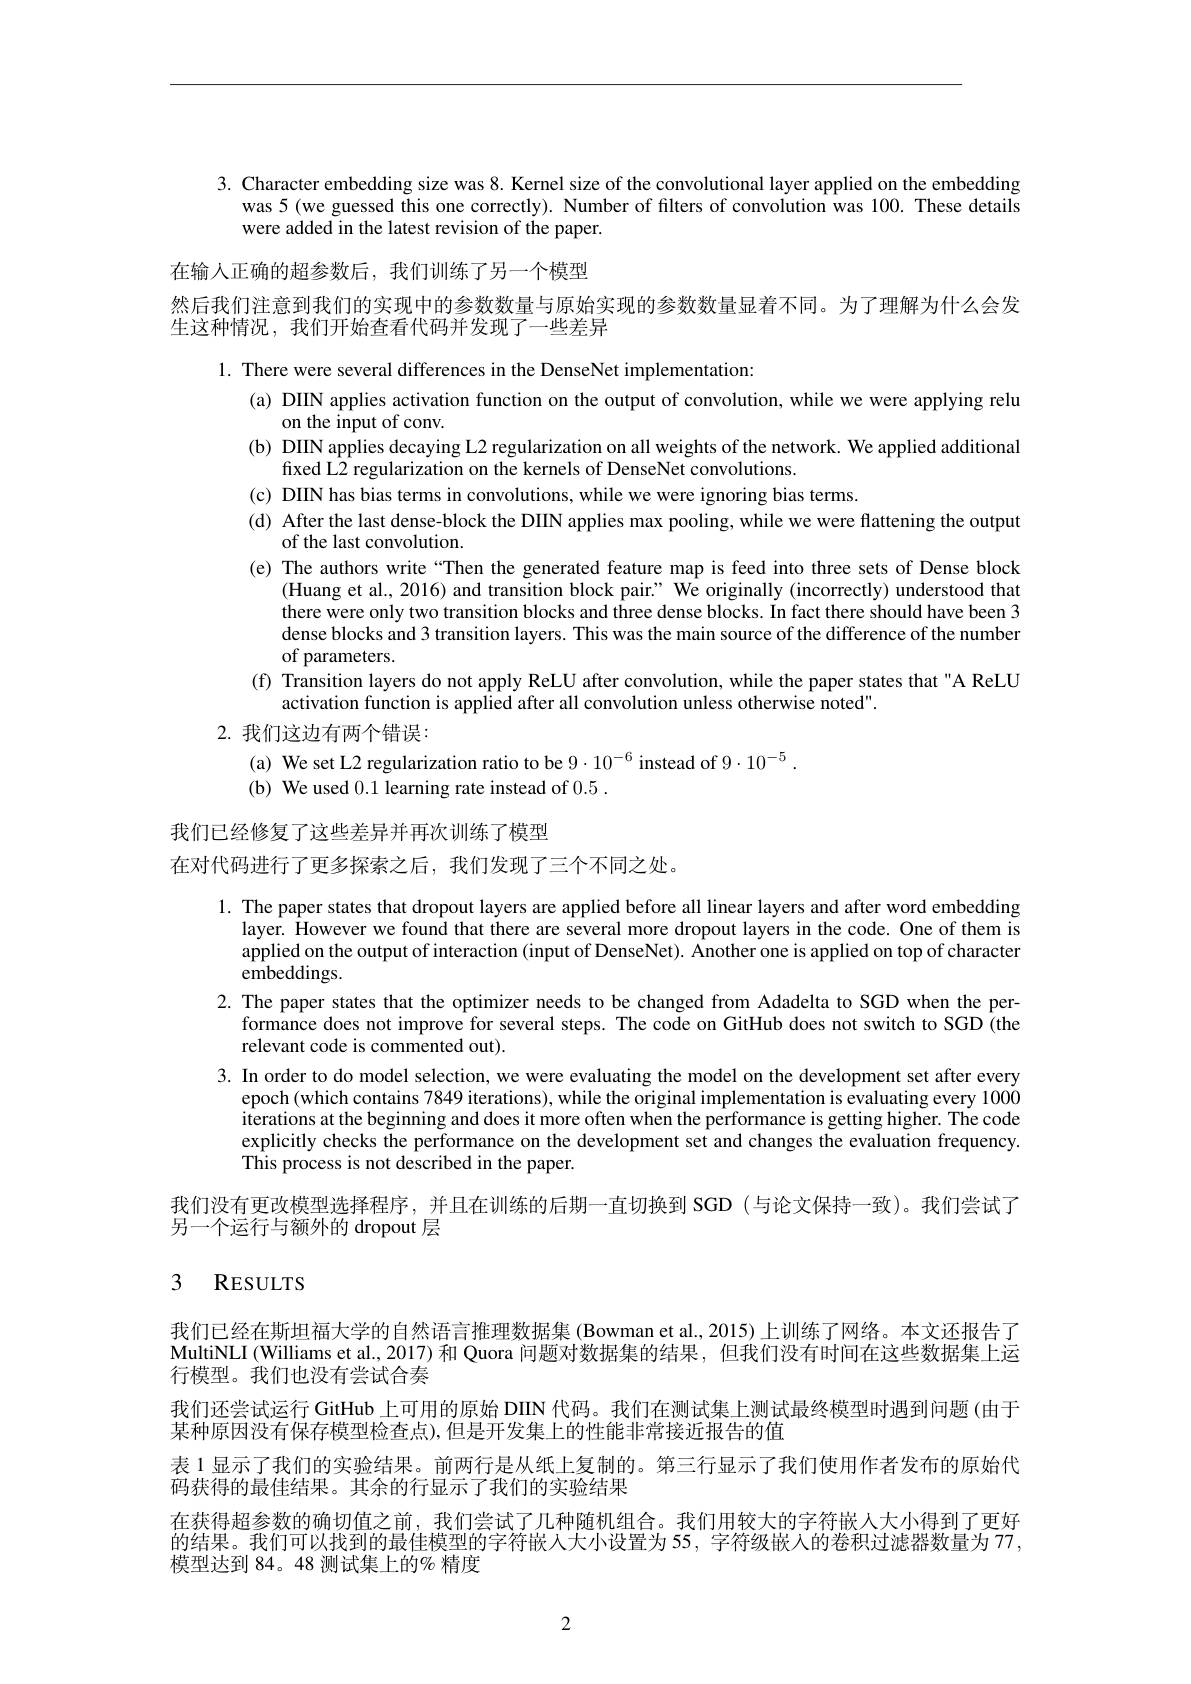
3. Character embedding size was 8. Kernel size of the convolutional layer applied on the embedding
was 5 (we guessed this one correctly). Number of filters of convolution was 100. These details
were added in the latest revision of the paper.

在输入正确的超参数后，我们训练了另一个模型
然后我们注意到我们的实现中的参数数量与原始实现的参数数量显着不同。为了理解为什么会发
生这种情况，我们开始查看代码并发现了一些差异

1. There were several differences in the DenseNet implementation:
(a) DIIN applies activation function on the output of convolution, while we were applying relu
on the input of conv.
(b) DIIN applies decaying L2 regularization on all weights of the network. We applied additional
fixed L2 regularization on the kernels of DenseNet convolutions.
(c) DIIN has bias terms in convolutions, while we were ignoring bias terms
(d) After the last dense-block the DIIN applies max pooling, while we were flattening the output
of the last convolution.
(e) The authors write “Then the generated feature map is feed into three sets of Dense block
(Huang et al., 2016) and transition block pair? We originally (incorrectly) understood that there were only two transition blocks and three dense blocks. In fact there should have been 3 dense blocks and 3 transition layers. This was the main source of the difference of the number of parameters.
(f) Transition layers do not apply ReLU after convolution, while the paper states that"A ReLU
activation function is applied after all convolution unless otherwise noted".
2. 我们这边有两个错误：
(a) We set L2 regularization ratio to be $9\cdot10^{-6}$ instead of $9\cdot10^{-5}.$
(b) We used 0.1 learning rate instead of 0.5.

我们已经修复了这些差异并再次训练了模型
在对代码进行了更多探索之后，我们发现了三个不同之处。

1. The paper states that dropout layers are applied before all linear layers and after word embedding
layer. However we found that there are several more dropout layers in the code. One of them is applied on the output of interaction (input of DenseNet). Another one is applied on top of character embeddings.
2. The paper states that the optimizer needs to be changed from Adadelta to SGD when the per-
formance does not improve for several steps. The code on GitHub does not switch to SGD (the
relevant code is commented out).
3. In order to do model selection, we were evaluating the model on the development set after every
epoch (which contains 7849 iterations), while the original implementation is evaluating every 1000 iterations at the beginning and does it more often when the performance is getting higher. The code explicitly checks the performance on the development set and changes the evaluation frequency.Tbis nrocass inot descriphed in the paner This process is not described in the paper.
我们没有更改模型选择程序，并且在训练的后期一直切换到 SGD (与论文保持一致)。我们尝试了
另一个运行与额外的 dropout 层

# 3 RESULTS

我们已经在斯坦福大学的自然语言推理数据集 (Bowman et al.,2015) 上训练了网络。本文还报告了MultiNLI (Williams et al., 2017) 和 Quora 问题对数据集的结果，但我们没有时间在这些数据集上运行模型。我们也没有尝试合奏
我们还尝试运行 GitHub上可用的原始 DIIN 代码。我们在测试集上测试最终模型时遇到问题 (由于
某种原因没有保存模型检查点),但是开发集上的性能非常接近报告的值
表 1 显示了我们的实验结果。前两行是从纸上复制的。第三行显示了我们使用作者发布的原始代
码获得的最佳结果。其余的行显示了我们的实验结果
在获得超参数的确切值之前，我们尝试了几种随机组合。我们用较大的字符嵌人大小得到了更好的结果。我们可以找到的最佳模型的字符嵌人大小设置为 55, 字符级嵌人的卷积过滤器数量为 77. 模型达到 84。48 测试集上的% 精度

2